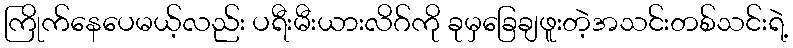
ကြိုက်နေပေမယ့်လည်း ပရီးမီးယားလိဂ်ကို ခုမှခြေချဖူးတဲ့အသင်းတစ်သင်းရဲ့